Annual administration and progress report of the Indian Medical Department, Bombay
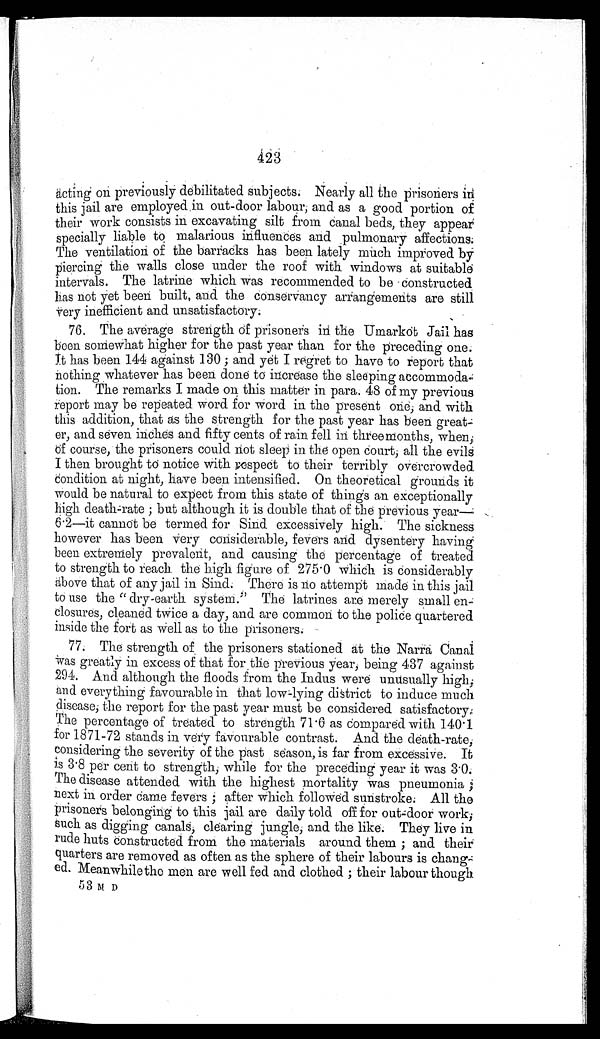
423
acting on previously debilitated subjects. Nearly all the prisoners in
this jail are employed in out-door labour, and as a good portion of
their work consists in excavating silt from canal beds, they appear
specially liable to malarious influences and pulmonary affections
. The ventilation of the barracks has been lately much improved by
piercing the walls close under the roof with windows at suitable
intervals. The latrine which was recommended to be Constructed
has not yet been built, and the conservancy arrangements are still
very inefficient and unsatisfactory
.
76. The average strength of prisoners in the Umarkot Jail has
been somewhat higher for the past year than for the preceding one.
It has been 144 against 130; and yet I regret to have to report that
nothing whatever has been done to increase the sleeping accommoda
-tion. The remarks I made on this matter in para. 48 of my previous
report may be repeated word for word in the present one, and with
this addition, that as the strength for the past year has been great-
er, and seven inches and fifty cents of rain fell in three months, when,
of course, the prisoners could not sleep in the open court, all the evils
I then brought to notice with respect to their terribly overcrowded
Condition at night, have been intensified. On theoretical grounds it
would be natural to expect from this state of things an exceptionally
high death-rate; but although it is double that of the previous year—
6.2—it cannot be termed for Sind excessively high. The sickness
however has been very considerable, fevers and dysentery having
been extremely prevalent, and causing the percentage of treated
to strength to reach the high figure of 275.0 which is Considerably
above that of any jail in Sind. There is no attempt made in this jail
to use the "dry-earth system." The latrines are merely small en-
closures, cleaned twice a day, and are common to the police quartered
inside the fort as well as to the prisoners
.
77. The strength of the prisoners stationed at the Narra Canal
was greatly in excess of that for the previous year, being 437 against
294. And although the floods from the Indus were unusually high,
and everything favourable in that low-lying district to induce much
disease, the report for the past year must be considered satisfactory
. The percentage of treated to strength 71.6 as compared with 140.1
for 1871-72 stands in very favourable contrast. And the death-rate,
considering the severity of the past season, is far from excessive. It
is 3.8 per cent to strength, while for the preceding year it was 3.0.
The disease attended with the highest mortality was pneumonia;
next in order came fevers; after which followed sunstroke. All the
prisoners belonging to this jail are daily told off for out-door work,
such as digging canals, clearing jungle, and the like. They live in
rude huts constructed from the mater ials around them; and their
quarters are removed as often as the sphere of their labours is chang
-ed. Meanwhile the men are well fed and clothed; their labour though
5 3 M D